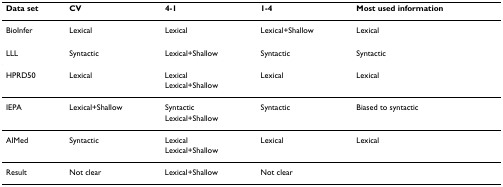
| Data set | CV | 4-1 | 1-4 | Most used information |
 | --- | --- | --- | --- | --- |
 | BioInfer | Lexical | Lexical | Lexical+Shallow | Lexical |
 | LLL | Syntactic | Lexical+Shallow | Syntactic | Syntactic |
 | HPRD50 | Lexical | Lexical | Lexical | Lexical |
 |  |  | Lexical+Shallow |  |  |
 | IEPA | Lexical+Shallow | Syntactic | Syntactic | Biased to syntactic |
 |  |  | Lexical+Shallow |  |  |
 | AIMed | Syntactic | Lexical | Lexical | Lexical |
 |  |  | Lexical+Shallow |  |  |
 | Result | Not clear | Lexical+Shallow | Not clear |  |